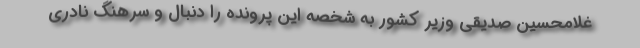
غلامحسین صدیقی وزیر کشور به شخصه این پرونده را دنبال و سرهنگ نادری